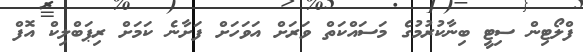
ފްލޯޓިން ސިޓީ ބިނާކުރުމުގެ މަސައްކަތް ވަރަށް އަވަހަށް ފަށާނެ ކަމަށް ރިޕަބްލިކް އޮފް